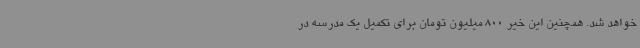
خواهد شد. همچنین این خیر 800 میلیون تومان برای تکمیل یک مدرسه در